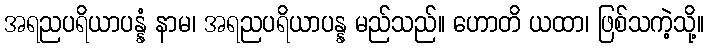
အရညပရိယာပန္နံ နာမ၊ အရညပရိယာပန္န မည်သည်။ ဟောတိ ယထာ၊ ဖြစ်သကဲ့သို့။